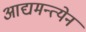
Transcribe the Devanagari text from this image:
आद्यमन्त्येन